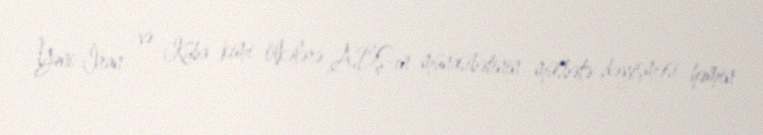
Yəni İran və Kuba kimi ölkələrə ABŞ-ın münasibətinin müsbətə dəyişməsi həmin